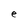
Character: e